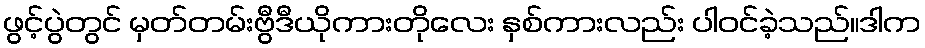
ဖွင့်ပွဲတွင် မှတ်တမ်းဗွီဒီယိုကားတိုလေး နှစ်ကားလည်း ပါဝင်ခဲ့သည်။ဒါက